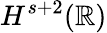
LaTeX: H^{s+2}(\mathbb R)